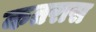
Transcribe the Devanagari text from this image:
कतरास